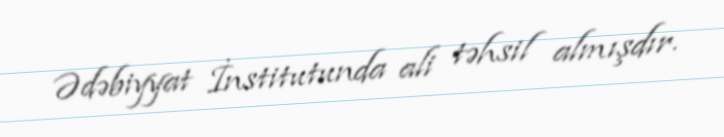
Ədəbiyyat İnstitutunda ali təhsil almışdır.